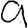
Digit: 9